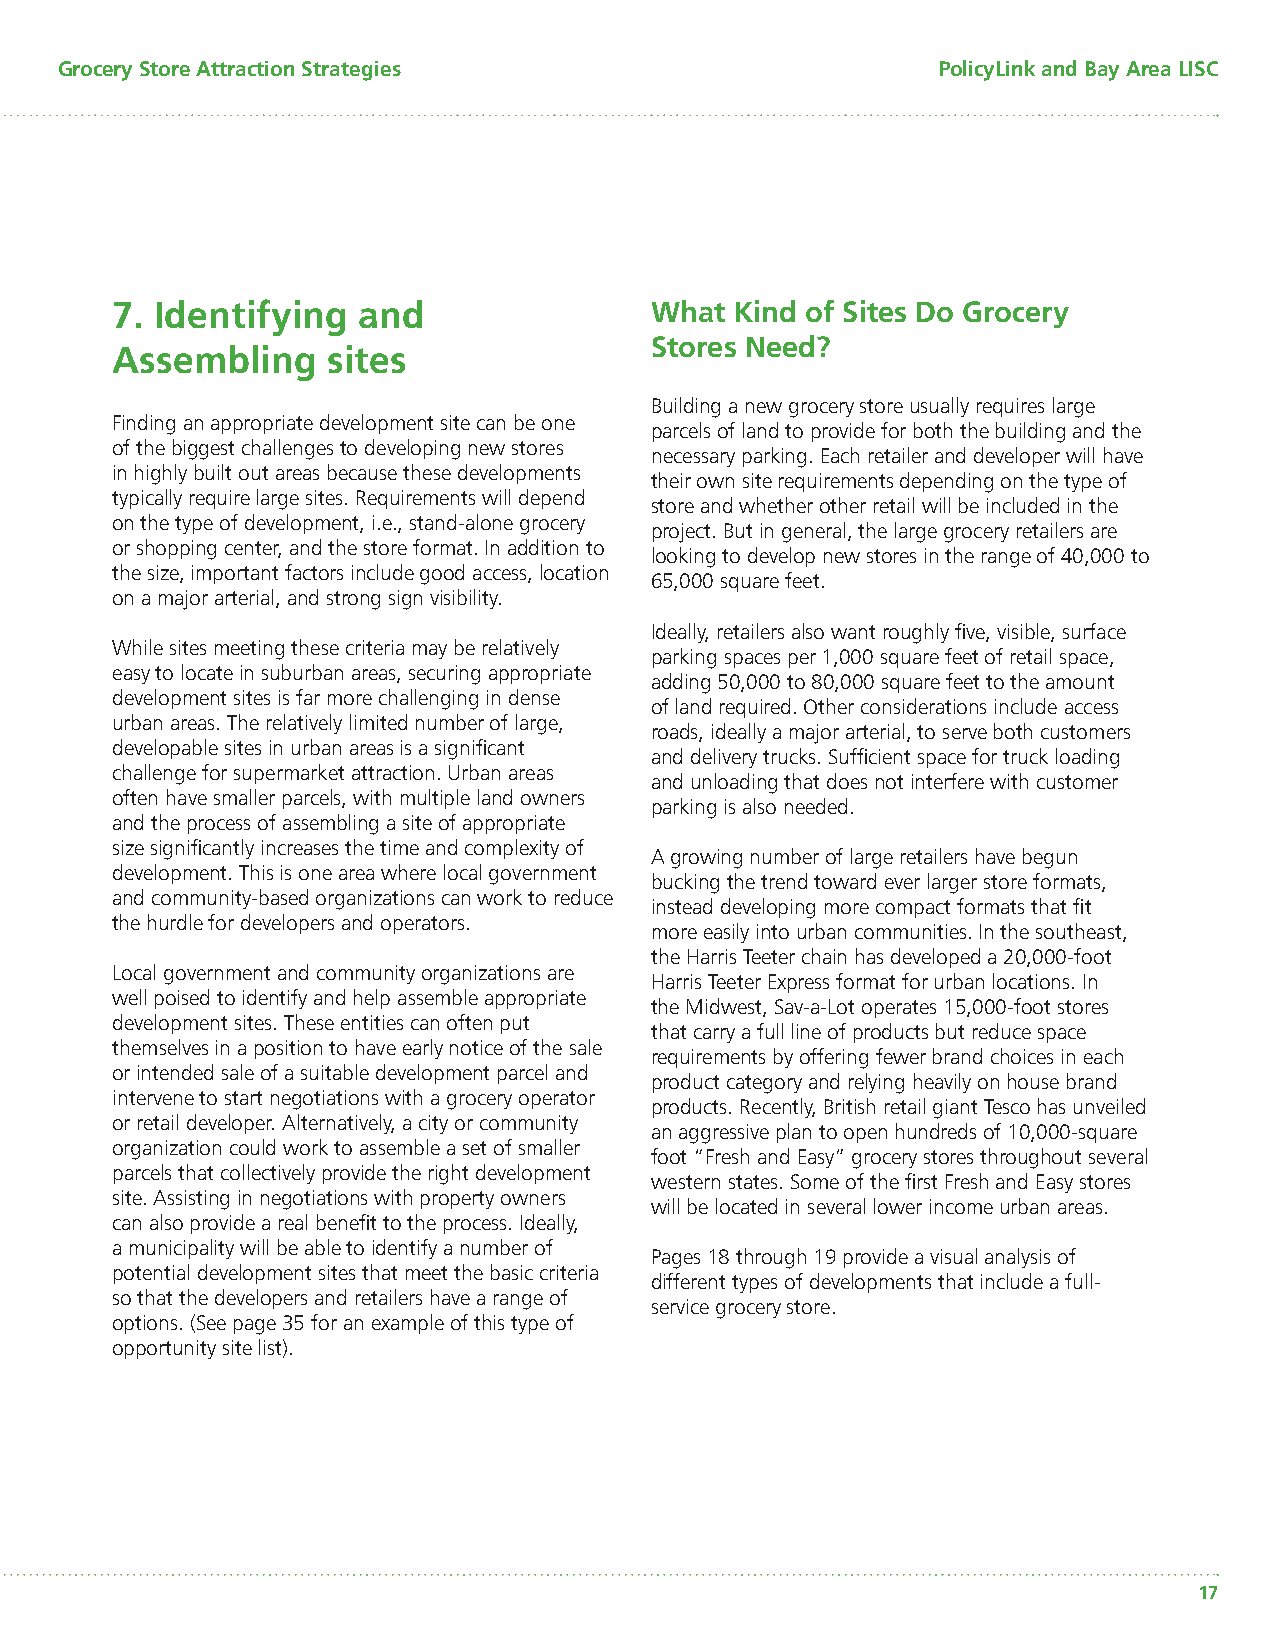
Grocery Store Attraction Strategies                       PolicyLink and Bay Area LISC
 7. Identifying   and                What  Kind of Sites Do Grocery
 Stores Need?
 Assembling     sites
 Building a new grocery store usually requires large
 Finding an appropriate development site can be one
 parcels of land to provide for both the building and the
 of the biggest challenges to developing new stores
 necessary parking. Each retailer and developer will have
 in highly built out areas because these developments
 their own site requirements depending on the type of
 typically require large sites. Requirements will depend
 store and whether other retail will be included in the
 on the type of development, i.e., stand-alone grocery
 project. But in general, the large grocery retailers are
 or shopping center, and the store format. In addition to
 looking to develop new stores in the range of 40,000 to
 the size, important factors include good access, location
 65,000 square feet.
 on a major arterial, and strong sign visibility.
 Ideally, retailers also want roughly fi ve, visible, surface
 While sites meeting these criteria may be relatively
 parking spaces per 1,000 square feet of retail space,
 easy to locate in suburban areas, securing appropriate
 adding 50,000 to 80,000 square feet to the amount
 development sites is far more challenging in dense
 of land required. Other considerations include access
 urban areas. The relatively limited number of large,
 roads, ideally a major arterial, to serve both customers
 developable sites in urban areas is a signifi cant
 and delivery trucks. Suffi cient space for truck loading
 challenge for supermarket attraction. Urban areas
 and unloading that does not interfere with customer
 often have smaller parcels, with multiple land owners
 parking is also needed.
 and the process of assembling a site of appropriate
 size signifi cantly increases the time and complexity of
 A growing number of large retailers have begun
 development. This is one area where local government
 bucking the trend toward ever larger store formats,
 and community-based organizations can work to reduce
 instead developing more compact formats that fi t
 the hurdle for developers and operators.
 more easily into urban communities. In the southeast,
 the Harris Teeter chain has developed a 20,000-foot
 Local government and community organizations are
 Harris Teeter Express format for urban locations. In
 well poised to identify and help assemble appropriate
 the Midwest, Sav-a-Lot operates 15,000-foot stores
 development sites. These entities can often put
 that carry a full line of products but reduce space
 themselves in a position to have early notice of the sale
 requirements by offering fewer brand choices in each
 or intended sale of a suitable development parcel and
 product category and relying heavily on house brand
 intervene to start negotiations with a grocery operator
 products. Recently, British retail giant Tesco has unveiled
 or retail developer. Alternatively, a city or community
 an aggressive plan to open hundreds of 10,000-square
 organization could work to assemble a set of smaller
 foot “Fresh and Easy” grocery stores throughout several
 parcels that collectively provide the right development
 western states. Some of the fi rst Fresh and Easy stores
 site. Assisting in negotiations with property owners
 will be located in several lower income urban areas.
 can also provide a real benefi t to the process. Ideally,
 a municipality will be able to identify a number of
 Pages 18 through 19 provide a visual analysis of
 potential development sites that meet the basic criteria
 different types of developments that include a full-
 so that the developers and retailers have a range of
 service grocery store.
 options. (See page 35 for an example of this type of
 opportunity site list).
 17